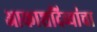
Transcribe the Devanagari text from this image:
आकाशदिव्यांचा